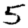
Digit: 5